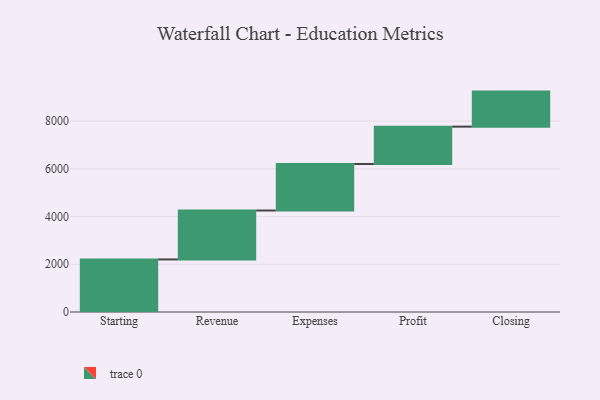
{"axis": {"x": "Step", "y": "Value"}, "legend": [""], "data": [{"x": "Starting", "y": 2203.0, "type": ""}, {"x": "Revenue", "y": 2050.0, "type": ""}, {"x": "Expenses", "y": 1949.0, "type": ""}, {"x": "Profit", "y": 1566.0, "type": ""}, {"x": "Closing", "y": 1468.0, "type": ""}]}